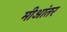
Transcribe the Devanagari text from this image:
मीआंतर